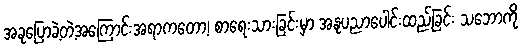
အခုပြောခဲ့တဲ့အကြောင်းအရာကတော့၊ စာရေးသားခြင်းမှာ အနုပညာပေါင်းထည့်ခြင်း သဘောကို